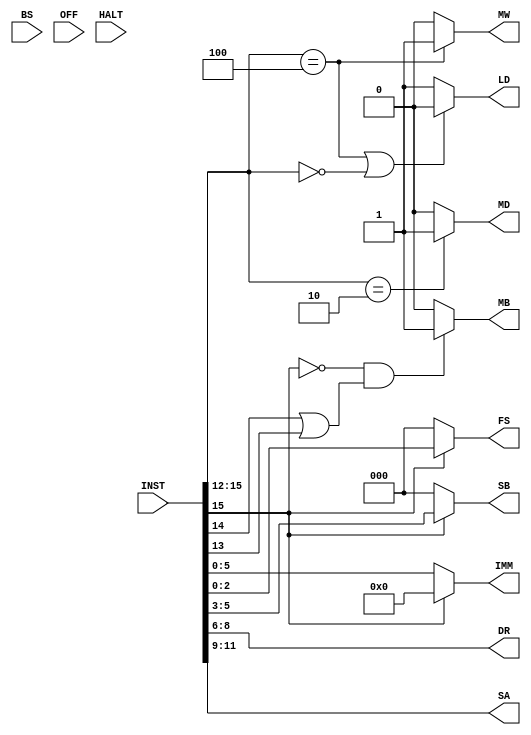
module decoder(INST, DR, SA, SB, IMM, MB, FS, MD, LD, MW, BS, OFF, HALT);
input BS, OFF, HALT;
input [15:0] INST;
output [2:0] DR, SA, SB, FS;
output [5:0] IMM;
output MB, MD, LD, MW;
assign DR = INST[8:6];
assign SA = INST[11:9];
assign SB =(INST[15] == 1) ? INST[5:3] : 3'b0;
assign IMM = (INST[15] == 0) ? INST[5:0] : 6'b0;
assign FS = (INST[15] == 0) ? 3'b0 : INST[2:0];
assign MD = (INST[15:12] == 4'b0010) ? 1'b1 : 1'b0;
assign LD = (INST[15:12] == 4'b0100 || (INST[15:12] == 4'b0000)) ? 1'b0 : 1'b1;
assign MW = (INST[15:12] == 4'b0100) ? 1'b1 : 1'b0;
assign MB = (INST[15] == 0 && (INST[14] == 1|| INST[13] == 1)) ? 1'b1 : 1'b0;
endmodule